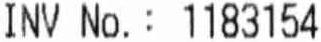
INV NO. : 1183154